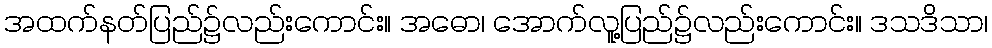
အထက်နတ်ပြည်၌လည်းကောင်း။ အဓော၊ အောက်လူ့ပြည်၌လည်းကောင်း။ ဒသဒိသာ၊